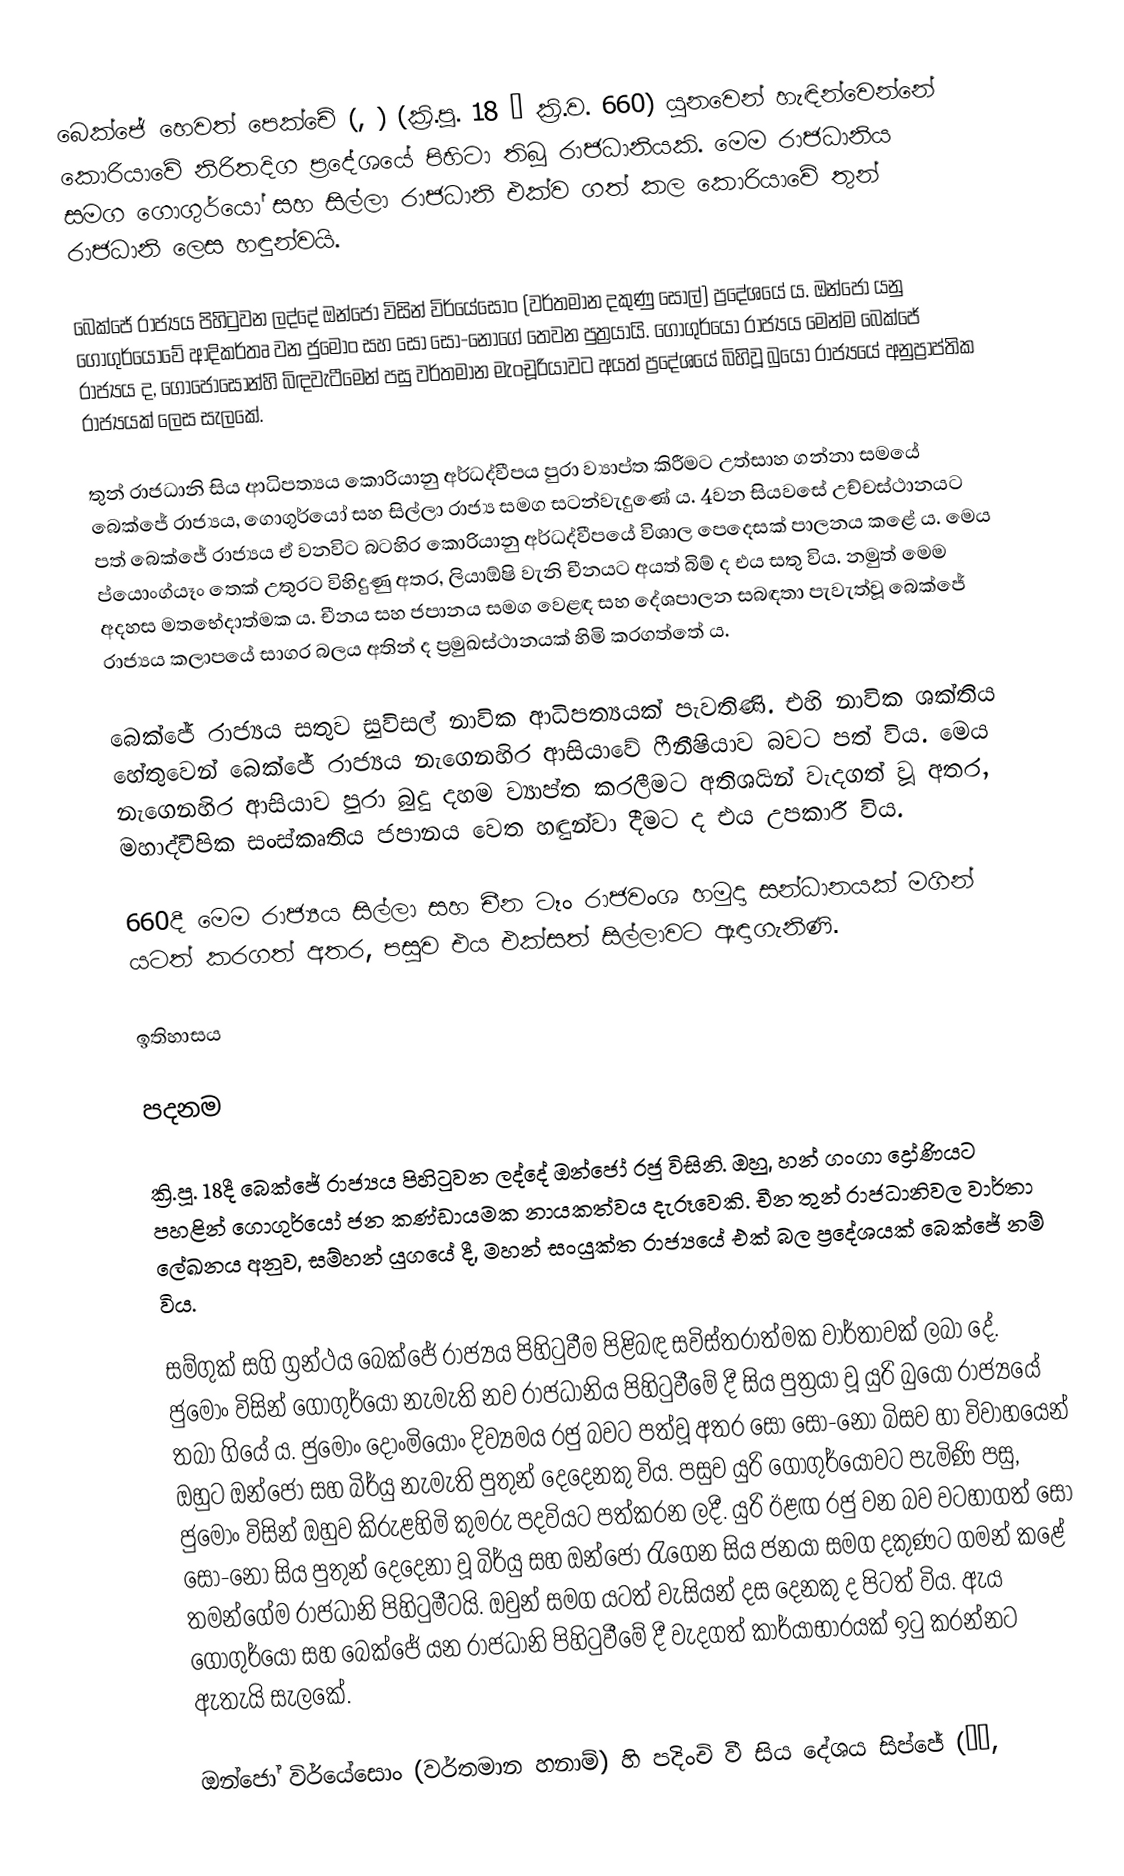
බෙක්ජේ හෙවත් පෙක්චේ (, ) (ක්‍රි.පූ. 18 – ක්‍රි.ව. 660) යුනවෙන් හැඳින්වෙන්නේ කොරියාවේ නිරිතදිග ප්‍රදේශයේ පිහිටා තිබූ රාජධානියකි. මෙම රාජධානිය සමග ගොගුර්යෝ සහ සිල්ලා රාජධානි එක්ව ගත් කල කොරියාවේ තුන් රාජධානි ලෙස හඳුන්වයි.

බෙක්ජේ රාජ්‍යය පිහිටුවන ලද්දේ ඔන්ජෝ විසින් විර්යේසොං (වර්තමාන දකුණු ‍සෝල්) ප්‍රදේශයේ ය. ඔන්ජෝ යනු ගොගුර්යෝවේ ආදිකර්තෘ වන ජුමොං සහ සෝ සෝ-නෝගේ තෙවන පුත්‍රයායි. ගොගුර්යෝ රාජ්‍යය මෙන්ම බෙක්ජේ රාජ්‍යය ද, ගෝජොසොන්හි බිඳවැටීමෙන් පසු වර්තමාන මැංචූරියාවට අයත් ප්‍රදේශයේ බිහිවූ බුයෝ රාජ්‍යයේ අනුප්‍රාප්තික රාජ්‍යයක් ලෙස සැලකේ.

තුන් රාජධානි සිය ආධිපත්‍යය කොරියානු අර්ධද්වීපය පුරා ව්‍යාප්ත කිරීමට උත්සාහ ගන්නා සමයේ බෙක්ජේ රාජ්‍යය, ගොගුර්යෝ සහ සිල්ලා රාජ්‍ය සමග සටන්වැදුණේ ය. 4වන සියවසේ උච්චස්ථානයට පත් බෙක්ජේ රාජ්‍යය ඒ වනවිට බටහිර කොරියානු අර්ධද්වීපයේ විශාල පෙදෙසක් පාලනය කළේ ය. මෙය ප්යොංග්යෑං තෙක් උතුරට විහිදුණු අතර, ලියාඕෂි වැනි චීනයට අයත් බිම් ද එය සතු විය. නමුත් මෙම අදහස මතභේදාත්මක ය. චීනය සහ ජපානය සමග වෙළඳ සහ දේශපාලන සබඳතා පැවැත්වූ බෙක්ජේ රාජ්‍යය කලාපයේ සාගර බලය අතින් ද ප්‍රමුඛස්ථානයක් හිමි කරගත්තේ ය.

බෙක්ජේ රාජ්‍යය සතුව සුවිසල් නාවික ආධිපත්‍යයක් පැවතිණි. එහි නාවික ශක්තිය හේතුවෙන් බෙක්ජේ රාජ්‍යය නැගෙනහිර ආසියාවේ ෆීනීෂියාව බවට පත් විය. මෙය නැගෙනහිර ආසියාව පුරා බුදු දහම ව්‍යාප්ත කරලීමට අතිශයින් වැදගත් වූ අතර, මහාද්වීපික සංස්කෘතිය ජපානය වෙත හඳුන්වා දීමට ද එය උපකාරී විය.

660දී මෙම රාජ්‍යය සිල්ලා සහ චීන ටෑං රාජවංශ හමුදා සන්ධානයක් මගින් යටත් කරගත් අතර, පසුව එය එක්සත් සිල්ලාවට ඈඳාගැනිණි.

ඉතිහාසය

පදනම

ක්‍රි.පූ. 18දී බෙක්ජේ රාජ්‍යය පිහිටුවන ලද්දේ ඔන්ජෝ රජු විසිනි. ඔහු, හන් ගංගා ද්‍රෝණියට පහළින් ගොගුර්යෝ ජන කණ්ඩායමක නායකත්වය දැරූවෙකි. චීන තුන් රාජධානිවල වාර්තා ලේඛනය අනුව, සම්හන් යුගයේ දී, මහන් සංයුක්ත රාජ්‍යයේ එක් බල ප්‍රදේශයක් බෙක්ජේ නම් විය.

සම්ගුක් සගි ග්‍රන්ථය බෙක්ජේ රාජ්‍යය පිහිටුවීම පිළිබඳ සවිස්තරාත්මක වාර්තාවක් ලබා දේ. ජුමොං විසින් ගොගුර්යෝ නැමැති නව රාජධානිය පිහිටුවීමේ දී සිය පුත්‍රයා වූ යුරි බුයෝ රාජ්‍යයේ තබා ගියේ ය. ජුමොං දොංමියොං දිව්‍යමය රජු බවට පත්වූ අතර සෝ සෝ-නෝ බිසව හා විවාහයෙන් ඔහුට ඔන්ජෝ සහ බිර්යු නැමැති පුතුන් දෙදෙනකු විය. පසුව යුරි ගොගුර්යෝවට පැමිණි පසු, ජුමොං විසින් ඔහුව කිරුළහිමි කුමරු පදවියට පත්කරන ලදී. යුරි ඊළඟ රජු වන බව වටහාගත් සෝ සෝ-නෝ සිය පුතුන් දෙදෙනා වූ බිර්යු සහ ඔන්ජෝ රැගෙන සිය ජනයා සමග දකුණට ගමන් කළේ තමන්ගේම රාජධානි පිහිටුමීටයි. ඔවුන් සමග යටත් වැසියන් දස දෙනකු ද පිටත් විය. ඇය ගොගුර්යෝ සහ බෙක්ජේ යන රාජධානි පිහිටුවීමේ දී වැදගත් කාර්යාභාරයක් ඉටු කරන්නට ඇතැයි සැලකේ.

ඔන්ජෝ විර්යේසොං (වර්තමාන හනාම්) හි පදිංචි වී සිය දේශය සිප්ජේ (십제,